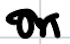
Text: on
Cross-out: wave
Writing tool: digital_black